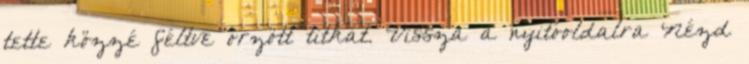
tette közzé féltve őrzött titkát. Vissza a nyitóoldalra Nézd